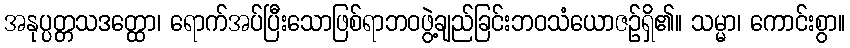
အနုပ္ပတ္တသဒတ္ထော၊ ရောက်အပ်ပြီးသောဖြစ်ရာဘဝဖွဲ့ချည်ခြင်းဘဝသံယောဇဉ်ရှိ၏။ သမ္မာ၊ ကောင်းစွာ။